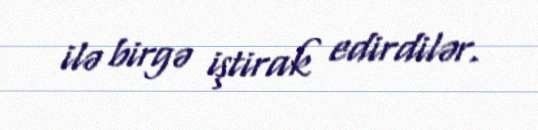
ilə birgə iştirak edirdilər.